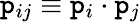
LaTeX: \mathtt{p}_{ij}\equiv\mathtt{p}_{i}\cdot\mathtt{p}_{j}